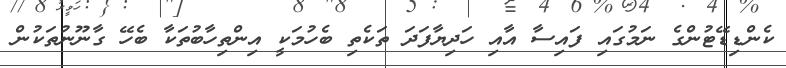
ކެންޑިޑޭޓުންގެ ނަމުގައި ފައިސާ އާއި ހަދިޔާފަދަ ތަކެތި ބެހުމަކީ އިންތިހާބުތަކާ ބެހޭ ގާނޫނުތަކުން